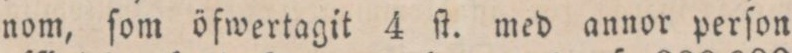
nom, ſom öfwertagit 4 ſt. med annor perſon